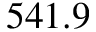
5 4 1 . 9